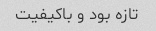
تازه بود و باکیفیت